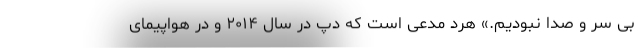
بی سر و صدا نبودیم.» هرد مدعی است که دپ در سال ۲۰۱۴ و در هواپیمای